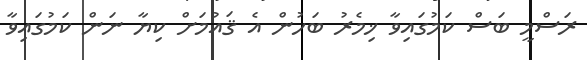
ރަސްމީ ބަސް ކަމުގައިވާ ޚިމެރު ބަހުން އެ ޤައުމަށް ކިޔާ ނަން ކަމުގައިވާ